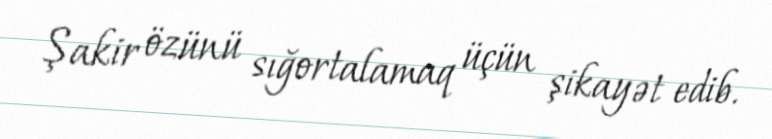
Şakir özünü sığortalamaq üçün şikayət edib.